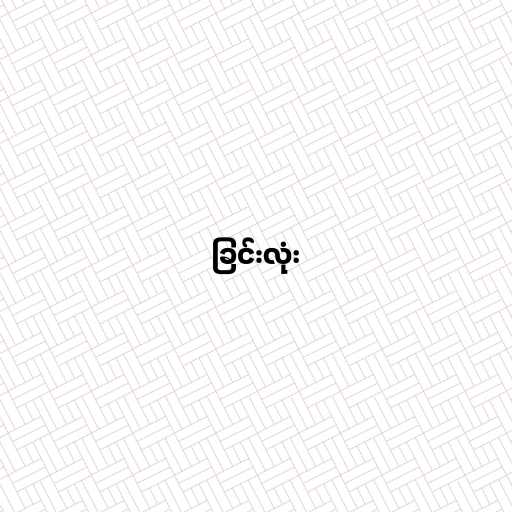
ခြင်းလုံး